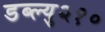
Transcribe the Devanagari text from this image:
डब्ल्यु२१०